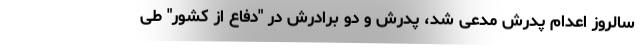
سالروز اعدام پدرش مدعی شد، پدرش و دو برادرش در "دفاع از کشور" طی